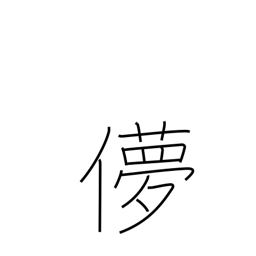
Meaning: fickle